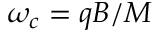
\omega _ { c } = q B / M